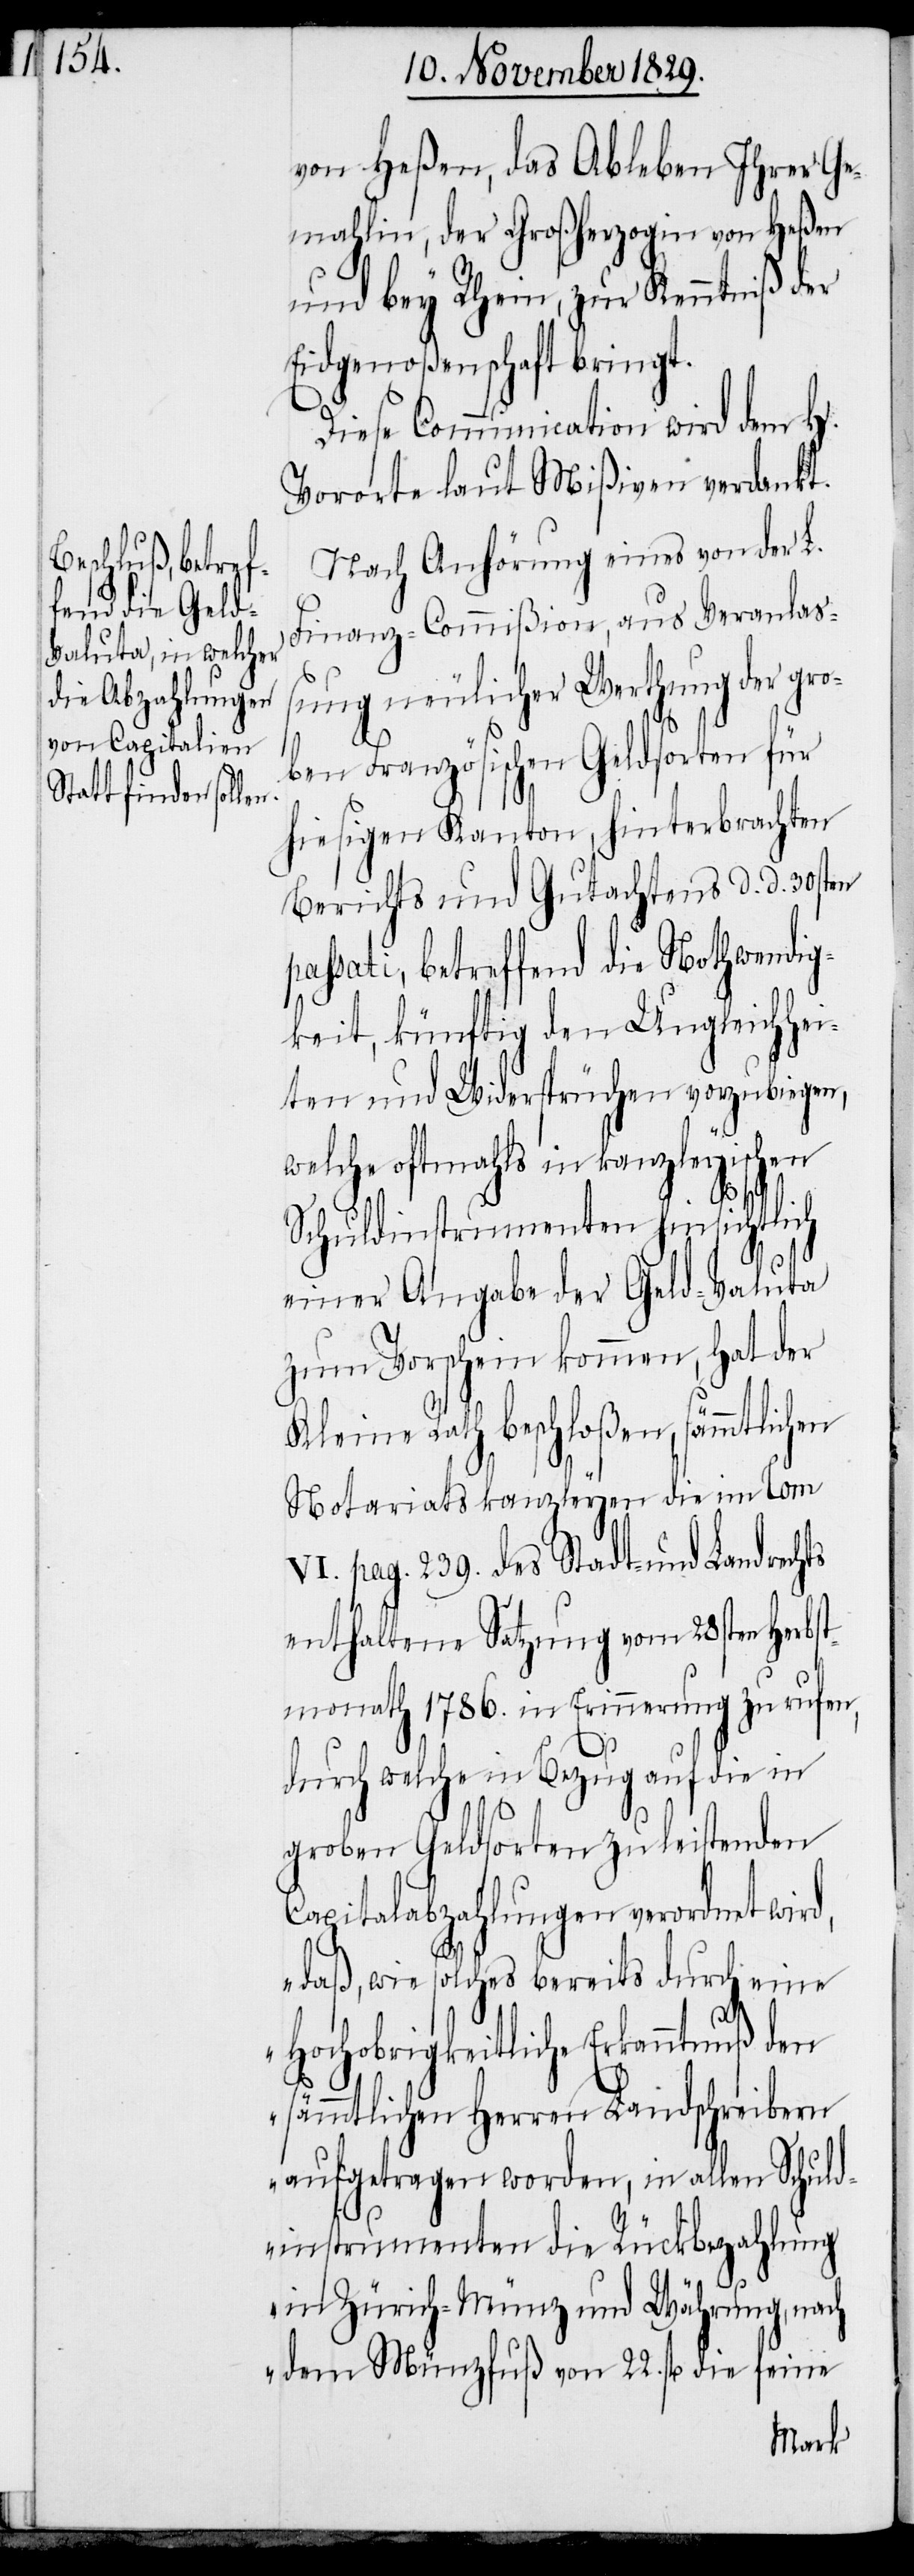
von Heßen, das Ableben Ihrer Ge¬
mahlin, der Großherzogin von Heßen
und bey Rhein, zur Kenntniß der
Eidgenoßenschaft bringt.
Diese Communication wird dem H.
Vororte laut Mißiven verdankt.
Nach Anhörung eines von der L.
Finanz-Commißion, aus Veranlaß¬
ung neulicher Werthung der gro¬
ben Französischen Geldsorten für
hiesigen Kanton, hinterbrachten
passati, betreffend die Nothwendig¬
keit, künftig den Ungleichhei¬
ten und Widersprüchen vorzubiegen,
welche oftmahls in kanzleyischen
d.
Schuldinstrumenten hinsichtlich
einer Angabe der Geld-Valuta
zum Vorschein kommen, hat der
Kleine Rath beschloßen, sämmtlichen
Notariatskanzleyen die in Tom
VI. pag. 239. Stadt- und Landrechts
enthaltene Satzung vom 28sten Herbst¬
monath 1786. in Erinnerung zu rufen,
durch welche in Bezug auf die in
groben Geldsorten zu leistenden
Capitalabzahlungen verordnet wird,
„daß, wie solches bereits durch eine
Hochobrigkeitliche Erkanntnuß den
sämmtlichen Herren Landschreibern
aufgetragen worden, in allen Schuld¬
instrumenten die Rückzahlung
in Zürich-Münz und Währung, nach
dem Münzfluß von 22. fl die feine